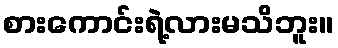
စားကောင်းရဲ့လားမသိဘူး။